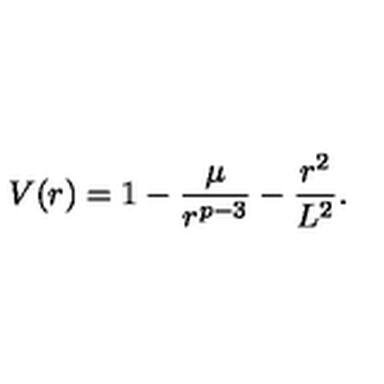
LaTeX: V ( r ) = 1 - { \frac { \mu } { r ^ { p - 3 } } } - { \frac { r ^ { 2 } } { L ^ { 2 } } } .